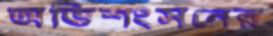
অভিশংসনের